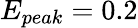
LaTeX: E_{peak}=0.2